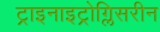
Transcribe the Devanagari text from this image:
ट्राइनाइट्रोग्लिसरीन